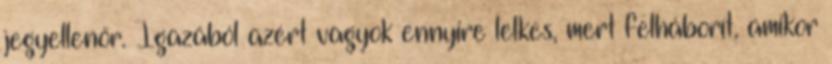
jegyellenőr. Igazából azért vagyok ennyire lelkes, mert felháborít, amikor